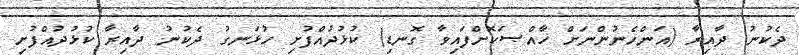
ދެކުނު ދާއިރާ (އަންހެނުންނަށް ޚާއްޞަކޮށްފައިވާ ގޮނޑި) ކުޅުދުއްފުށި ހުޅަނގު ދެކުނު ދާއިރާ ކުޅުދުއްފުށި